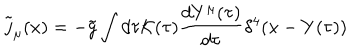
{ \tilde { j } } _ { \mu } ( x ) = - { \tilde { g } } \int d \tau { \cal K } ( \tau ) \frac { d Y ^ { \mu } ( \tau ) } { d \tau } \delta ^ { 4 } ( x - Y ( \tau ) )